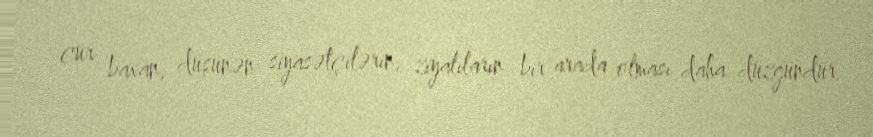
cür baxan, düşünən siyasətçilərin, ziyalıların bir arada olması daha düzgündür.